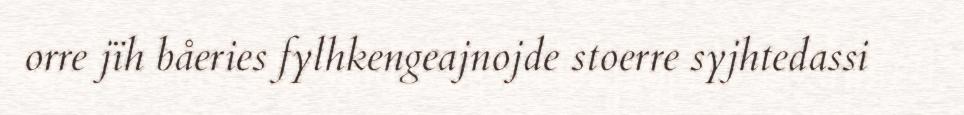
orre jïh båeries fylhkengeajnojde stoerre syjhtedassi